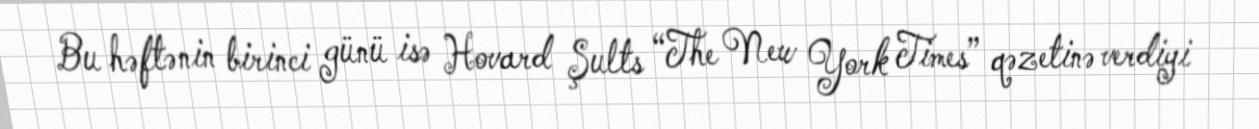
Bu həftənin birinci günü isə Hovard Şults “The New York Times” qəzetinə verdiyi